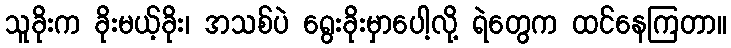
သူခိုးက ခိုးမယ့်ခိုး၊ အသစ်ပဲ ရွေးခိုးမှာပေါ့လို့ ရဲတွေက ထင်နေကြတာ။